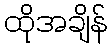
ထိုအချိန်